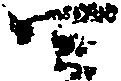
四